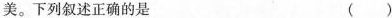
美。下列叙述正确的是 ( )